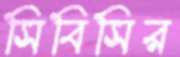
সিবিসির